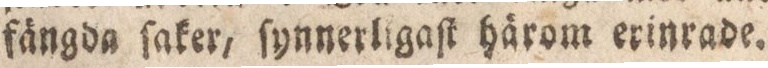
fängda ſaker, ſynnerligaſt härom erinrade.